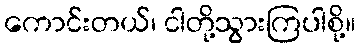
ကောင်းတယ်၊ ငါတို့သွားကြပါစို့။